Report on vaccination proceedings throughout the Government of Bengal -
Year: 1868
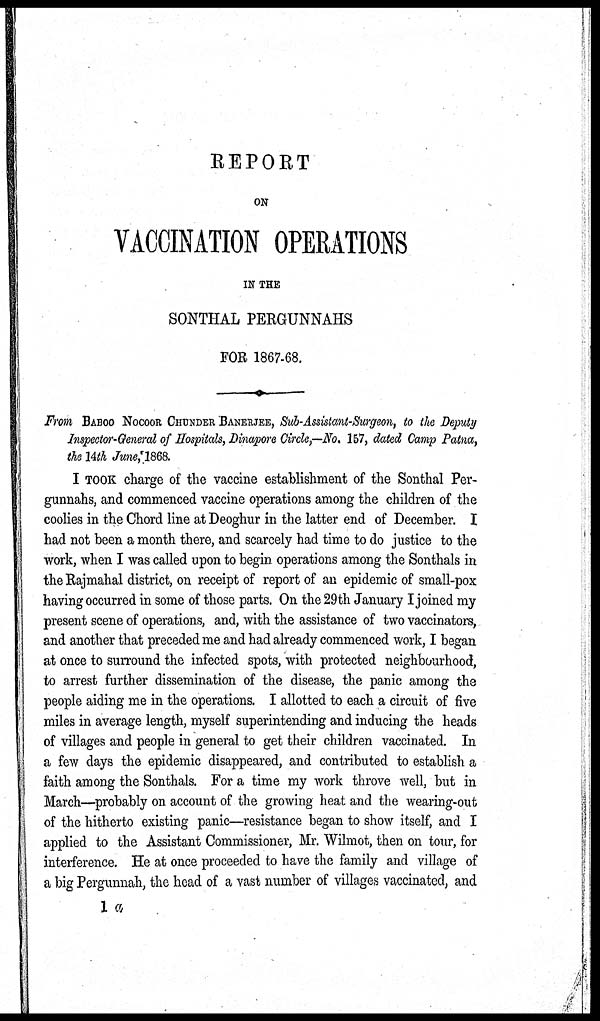
REPORT
ON
VACCINATION OPERATIONS
IN THE
SONTHAL PERGUNNAHS
FOR 1867-68.
From BABOO NOCOOR CHUNDER BANERJEE, Sub-Assistant-Surgeon, to the Deputy
Inspector-General of Hospitals, Dinapore Circle,—No. 157, dated Camp Patna,
the 14th June,1868.
I TOOK charge of the vaccine establishment of the Sonthal Per-
gunnahs, and commenced vaccine operations among the children of the
coolies in the Chord line at Deoghur in the latter end of December. I
had not been a month there, and scarcely had time to do justice to the
work, when I was called upon to begin operations among the Sonthals in
the Rajmahal district, on receipt of report of an epidemic of small-pox
having occurred in some of those parts. On the 29th January I joined my
present scene of operations, and, with the assistance of two vaccinators,
and another that preceded me and had already commenced work, I began
at once to surround the infected spots, with protected neighbourhood,
to arrest further dissemination of the disease, the panic among the
people aiding me in the operations. I allotted to each a circuit of five
miles in average length, myself superintending and inducing the heads
of villages and people in general to get their children vaccinated. In
a few days the epidemic disappeared, and contributed to establish a
faith among the Sonthals. For a time my work throve well, but in
March—probably on account of the growing heat and the wearing-out
of the hitherto existing panic—resistance began to show itself, and I
applied to the Assistant Commissioner, Mr. Wilmot, then on tour, for
interference. He at once proceeded to have the family and village of
a big Pergunnah, the head of a vast number of villages vaccinated, and
1 a